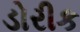
ડોરીક